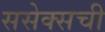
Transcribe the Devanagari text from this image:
ससेक्सची